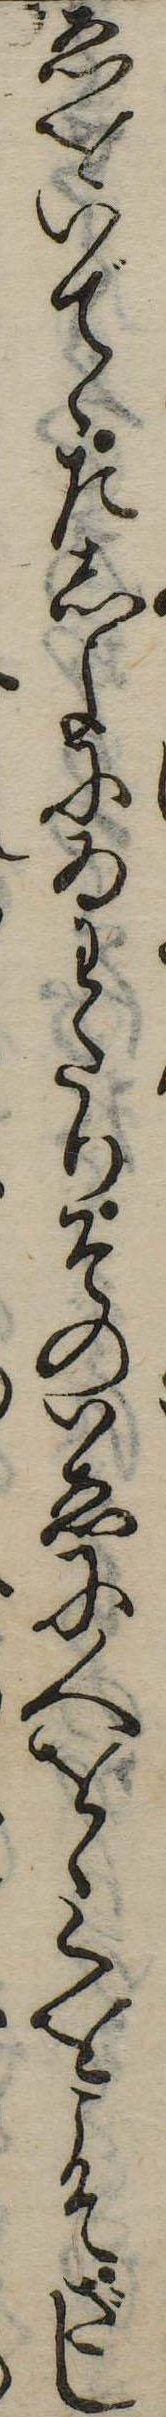
ゑをいでゝたしよにゐわたりそのいゑに人をゝくをこそざし